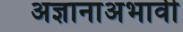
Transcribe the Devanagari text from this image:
अज्ञानाअभावी